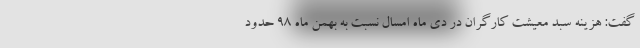
گفت: هزینه سبد معیشت کارگران در دی ماه امسال نسبت به بهمن ماه ۹۸ حدود